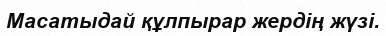
Масатыдай құлпырар жердің жүзі.